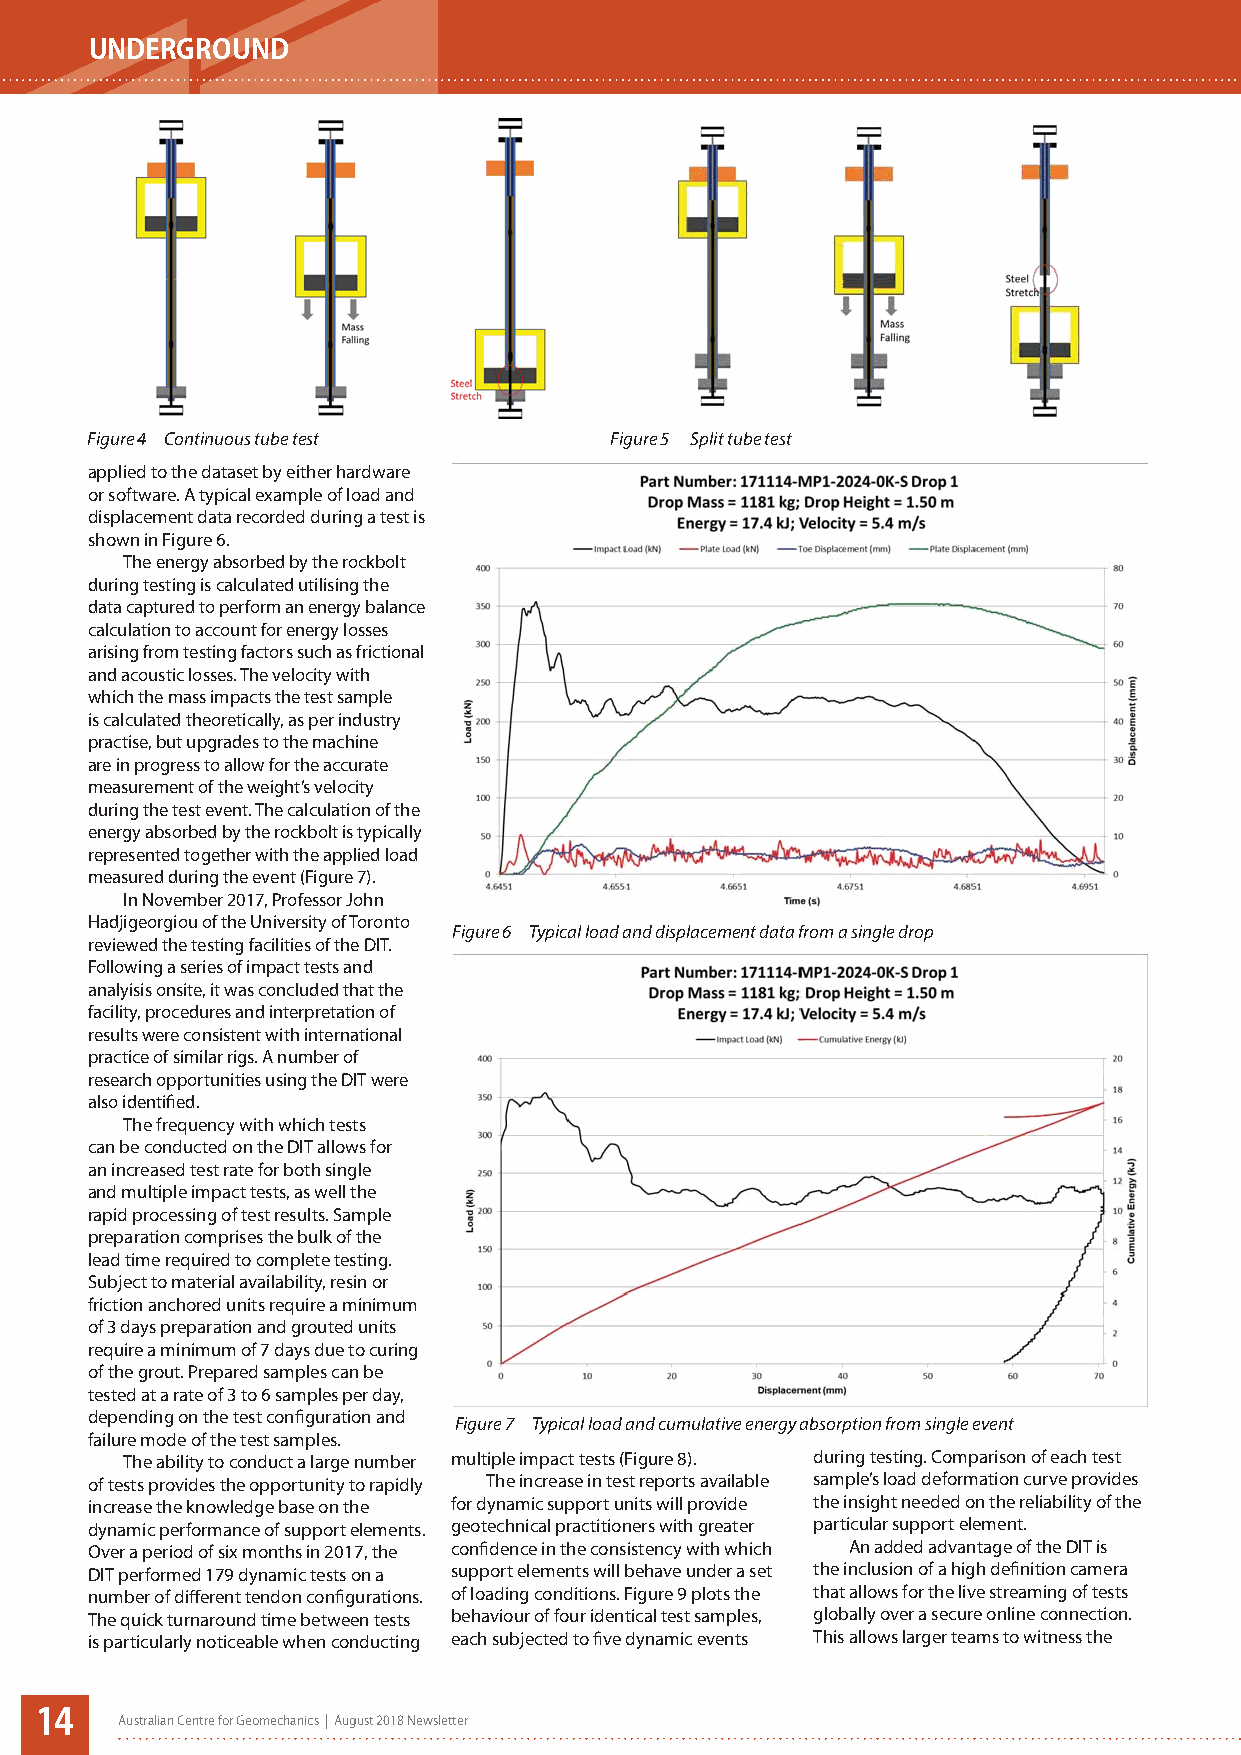
UNDERGROUND
 Figure 4 Continuous tube test     Figure 5 Split tube test
 applied to the dataset by either hardware
 or software. A typical example of load and
 displacement data recorded during a test is
 shown in Figure 6.
 The energy absorbed by the rockbolt
 during testing is calculated utilising the
 data captured to perform an energy balance
 calculation to account for energy losses
 arising from testing factors such as frictional
 and acoustic losses. The velocity with
 which the mass impacts the test sample
 is calculated theoretically, as per industry
 practise, but upgrades to the machine
 are in progress to allow for the accurate
 measurement of the weight’s velocity
 during the test event. The calculation of the
 energy absorbed by the rockbolt is typically
 represented together with the applied load
 measured during the event (Figure 7).
 In November 2017, Professor John
 Hadjigeorgiou of the University of Toronto
 Figure 6 Typical load and displacement data from a single drop
 reviewed the testing facilities of the DIT.
 Following a series of impact tests and
 analyisis onsite, it was concluded that the
 facility, procedures and interpretation of
 results were consistent with international
 practice of similar rigs. A number of
 research opportunities using the DIT were
 also identified.
 The frequency with which tests
 can be conducted on the DIT allows for
 an increased test rate for both single
 and multiple impact tests, as well the
 rapid processing of test results. Sample
 preparation comprises the bulk of the
 lead time required to complete testing.
 Subject to material availability, resin or
 friction anchored units require a minimum
 of 3 days preparation and grouted units
 require a minimum of 7 days due to curing
 of the grout. Prepared samples can be
 tested at a rate of 3 to 6 samples per day,
 depending on the test configuration and
 Figure 7 Typical load and cumulative energy absorption from single event
 failure mode of the test samples.
 The ability to conduct a large number multiple impact tests (Figure 8). during testing. Comparison of each test
 of tests provides the opportunity to rapidly The increase in test reports available sample’s load deformation curve provides
 increase the knowledge base on the for dynamic support units will provide the insight needed on the reliability of the
 dynamic performance of support elements. geotechnical practitioners with greater particular support element.
 Over a period of six months in 2017, the confidence in the consistency with which An added advantage of the DIT is
 DIT performed 179 dynamic tests on a support elements will behave under a set the inclusion of a high definition camera
 number of different tendon configurations. of loading conditions. Figure 9 plots the that allows for the live streaming of tests
 The quick turnaround time between tests behaviour of four identical test samples, globally over a secure online connection.
 is particularly noticeable when conducting each subjected to five dynamic events This allows larger teams to witness the
 14
 Australian Centre for Geomechanics | August 2018 Newsletter